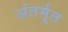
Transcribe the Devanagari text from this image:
अंतर्मूत